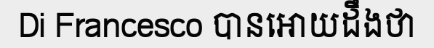
Di Francesco បានអោយដឹងថា